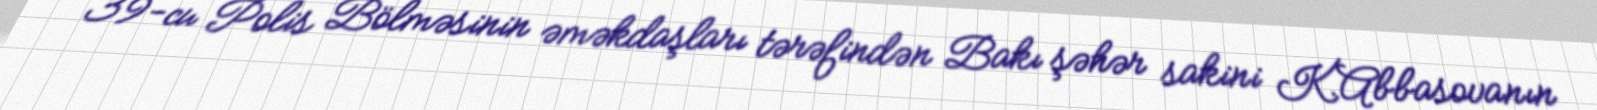
39-cu Polis Bölməsinin əməkdaşları tərəfindən Bakı şəhər sakini K.Abbasovanın